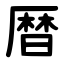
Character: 暦